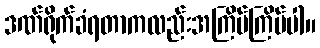
ဒဏ်ရိုက်ခံရတာကလည်းအကြိမ်ကြိမ်ပါ။